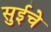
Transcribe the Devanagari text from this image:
सुईचे